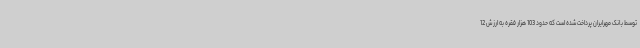
توسط بانک مهرایران پرداخت شده است که حدود 103 هزار فقره به ارزش 12